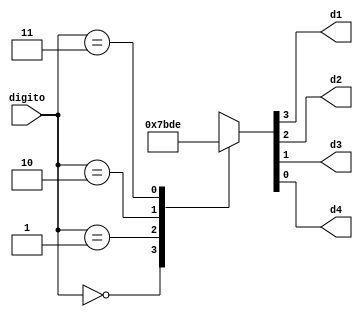
`timescale 1ns / 1ps
//////////////////////////////////////////////////////////////////////////////////
// Company: 
// Engineer: 
// 
// Design Name: 
// Module Name:    deco_digito 
// Project Name: 
// Target Devices: 
// Tool versions: 
// Description: 
//
// Dependencies: 
//
// Revision: 
// Revision 0.01 - File Created
// Additional Comments: 
//
//////////////////////////////////////////////////////////////////////////////////
module deco_digito(
    input [1:0] digito,
    output reg d1,d2,d3,d4
    );
 
	always @ (digito)
		begin
			case(digito)
			2'b 00: {d1,d2,d3,d4} = 4'b 0111;
			2'b 01: {d1,d2,d3,d4} = 4'b 1011;
			2'b 10: {d1,d2,d3,d4} = 4'b 1101;
			2'b 11: {d1,d2,d3,d4} = 4'b 1110;
			endcase
		end

endmodule